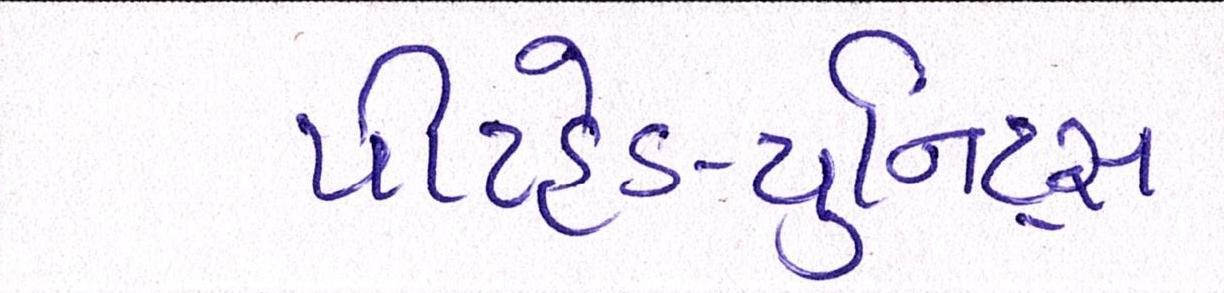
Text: પીટહેડ-યુનિટ્સ